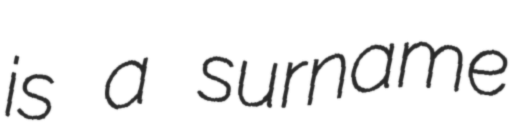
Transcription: is a surname